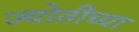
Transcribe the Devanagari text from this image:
ज्योतींच्या